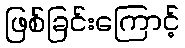
ဖြစ်ခြင်းကြောင့်